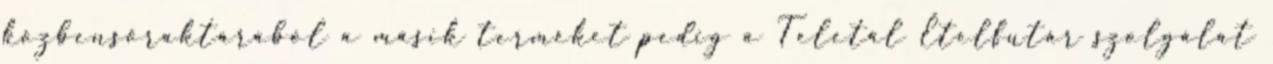
közbensőraktárából a másik terméket pedig a Teletál Ételfutár szolgálat